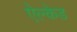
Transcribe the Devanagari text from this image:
ऐल्केड